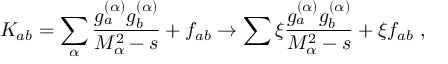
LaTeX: K _ { a b } = \sum _ { \alpha } \frac { g _ { a } ^ { ( \alpha ) } g _ { b } ^ { ( \alpha ) } } { M _ { \alpha } ^ { 2 } - s } + f _ { a b } \to \sum \xi \frac { g _ { a } ^ { ( \alpha ) } g _ { b } ^ { ( \alpha ) } } { M _ { \alpha } ^ { 2 } - s } + \xi f _ { a b } \ ,